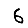
Digit: 6